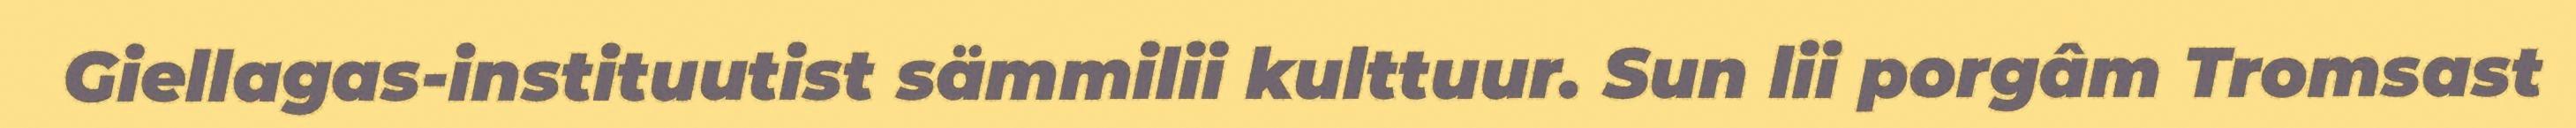
Giellagas-instituutist sämmilii kulttuur. Sun lii porgâm Tromsast